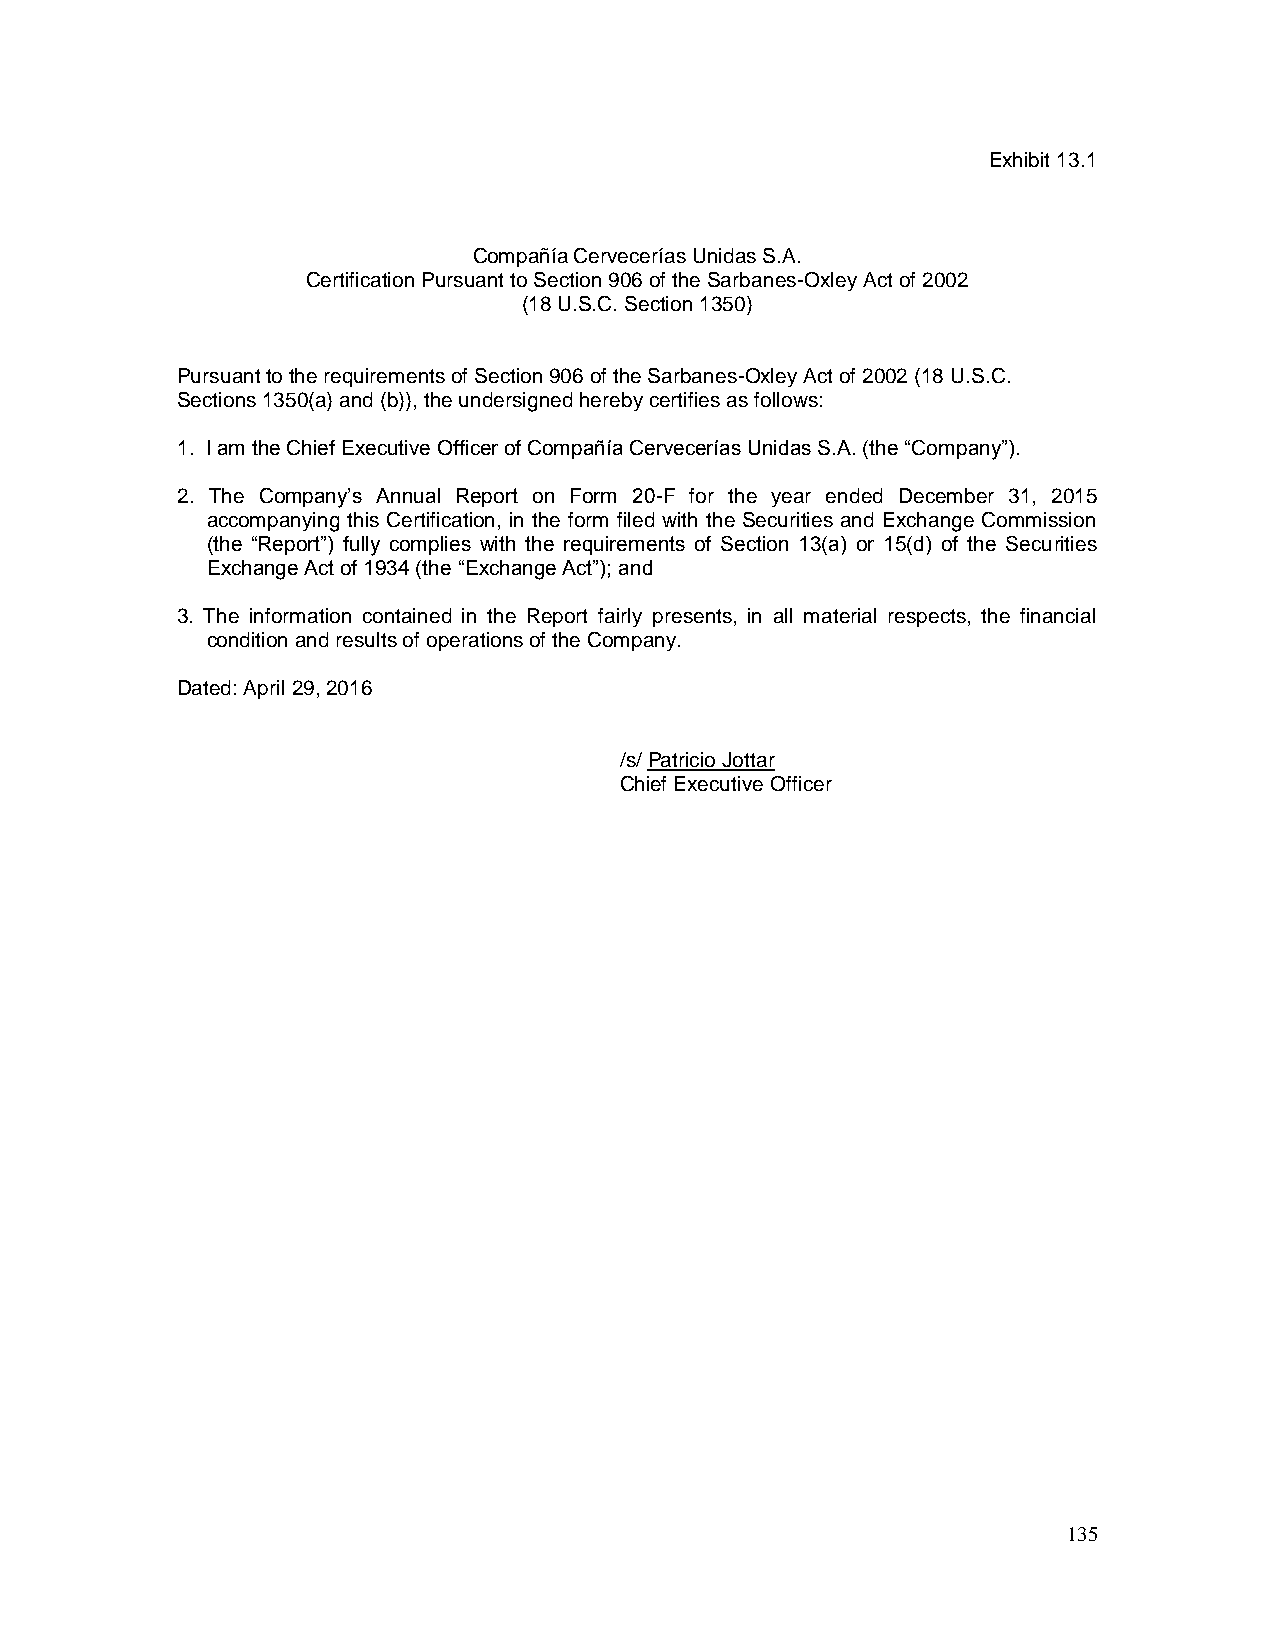
Exhibit 13.1
 Compañía Cervecerías Unidas S.A.
 Certification Pursuant to Section 906 of the Sarbanes-Oxley Act of 2002
 (18 U.S.C. Section 1350)
 Pursuant to the requirements of Section 906 of the Sarbanes-Oxley Act of 2002 (18 U.S.C.
 Sections 1350(a) and (b)), the undersigned hereby certifies as follows:
 1. I am the Chief Executive Officer of Compañía Cervecerías Unidas S.A. (the “Company”).
 2. The Company’s Annual Report on Form 20-F for the year ended December 31, 2015
 accompanying this Certification, in the form filed with the Securities and Exchange Commission
 (the “Report”) fully complies with the requirements of Section 13(a) or 15(d) of the Securities
 Exchange Act of 1934 (the “Exchange Act”); and
 3. The information contained in the Report fairly presents, in all material respects, the financial
 condition and results of operations of the Company.
 Dated: April 29, 2016
 /s/ Patricio Jottar
 Chief Executive Officer
 135